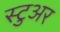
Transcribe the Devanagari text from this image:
स्टुअर